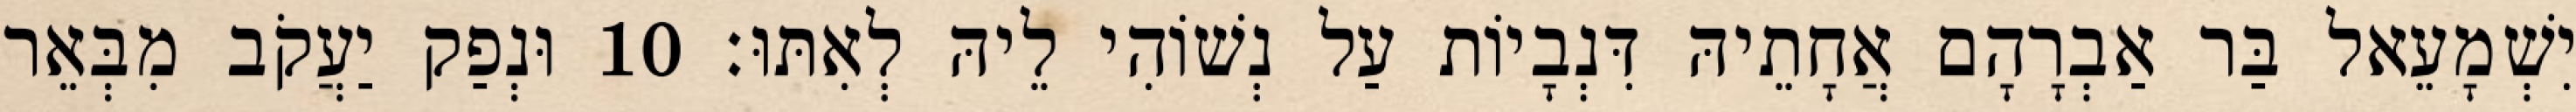
יִשְׁמָעֵאל בַּר אַבְרָהָם אֲחָתֵיהּ דִּנְבָיוֹת עַל נְשׁוֹהִי לֵיהּ לְאִתּוּ׃ 10 וּנְפַק יַעֲקֹב מִבְּאֵר